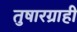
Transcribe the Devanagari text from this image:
तुषारग्राही